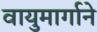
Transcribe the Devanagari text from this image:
वायुमार्गाने